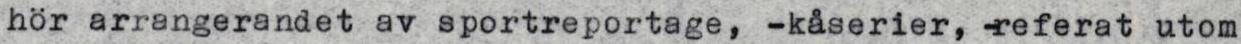
hör arrangerandet av sportreportage, -kåserier, -referat utom